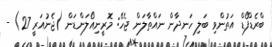
ބްރެޑްފޯޑް އަތުންވި ބަލި ހަނދާން ނައްތާލަން ޖެހޭ: މޮރީނިއޯލަންޑަން (ޖެނުއަރީ 27) -